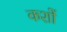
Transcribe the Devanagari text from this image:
कशों